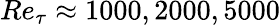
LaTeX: Re_{\tau}\approx 1000,2000,5000